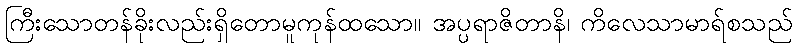
ကြီးသောတန်ခိုးလည်းရှိတောမူကုန်ထသော။ အပ္ပရာဇိတာနိ၊ ကိလေသာမာရ်စသည်